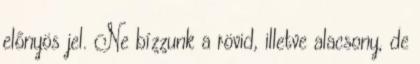
előnyös jel. Ne bízzunk a rövid, illetve alacsony, de